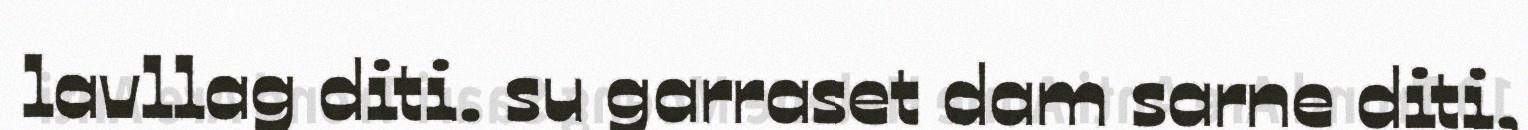
lavllag diti. su garraset dam sarne diti,